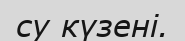
су күзені.